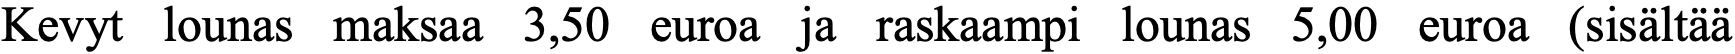
Kevyt lounas maksaa 3,50 euroa ja raskaampi lounas 5,00 euroa (sisältää